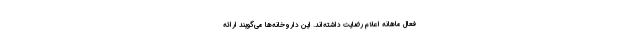
فعال ماهانه اعلام رضایت داشته‌اند. این داروخانه‌ها می‌گویند ارائه